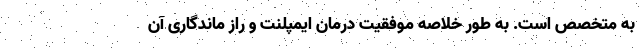
به متخصص است. به طور خلاصه موفقیت درمان ایمپلنت و راز ماندگاری آن